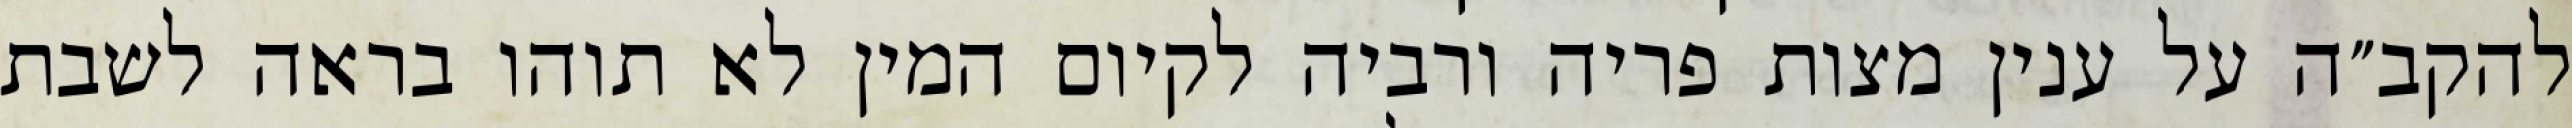
להקב״ה על ענין מצות פריה ורביה לקיום המין לא תוהו בראה לשבת